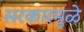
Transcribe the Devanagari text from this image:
सरकारमुळे